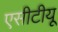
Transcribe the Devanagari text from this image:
एसीटीयू